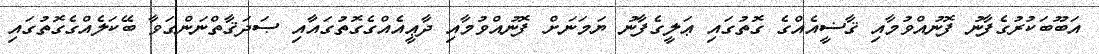
އަބޫބަކުރުގެފާނު ފޮނުއްވުމާއި ޤާޟީއެއްގެ ގޮތުގައި ޢަލީގެފާނު ޔަމަނަށް ފޮނުއްވުމާއި ދާޢީއެއްގެގޮތުގައާއި ޞަދަޤާތްނަންގަވާ ބޭކަލެއްގެގޮތުގައި